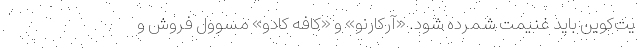
یت‌کوین باید غنیمت شمرده شود. «آرکارنو» و «کافه کادو» مسوول فروش و